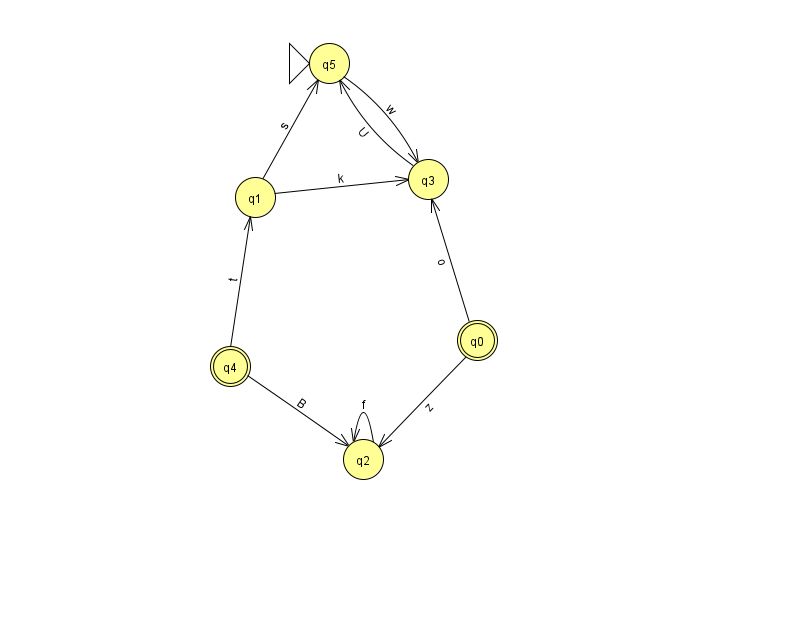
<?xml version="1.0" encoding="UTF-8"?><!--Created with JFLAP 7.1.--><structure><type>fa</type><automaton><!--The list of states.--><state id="0" name="q0"><x>477.0</x><y>327.0</y><final/></state><state id="1" name="q1"><x>255.0</x><y>184.0</y></state><state id="2" name="q2"><x>363.0</x><y>446.0</y></state><state id="3" name="q3"><x>428.0</x><y>166.0</y></state><state id="4" name="q4"><x>230.0</x><y>353.0</y><final/></state><state id="5" name="q5"><x>329.0</x><y>50.0</y><initial/></state><!--The list of transitions.--><transition><from>1</from><to>5</to><read>s</read></transition><transition><from>3</from><to>5</to><read>U</read></transition><transition><from>4</from><to>1</to><read>t</read></transition><transition><from>5</from><to>3</to><read>w</read></transition><transition><from>0</from><to>2</to><read>z</read></transition><transition><from>2</from><to>2</to><read>f</read></transition><transition><from>1</from><to>3</to><read>k</read></transition><transition><from>0</from><to>3</to><read>o</read></transition><transition><from>4</from><to>2</to><read>B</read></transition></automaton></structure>